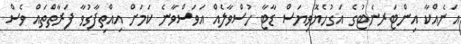
އަނެއްކާ އިންޓަރނެޓުގެ އަގުހެޔޮވިޔަސް ޑާޓާ ހުސްވާލެއް އަވަސްވާނެ ކަމަށް އިއްތިފާގުވާ ފަރާތްތައް ވެސް